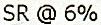
SR @ 6%